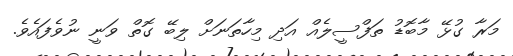
މަރާ ގުޅޭ މާބޮޑު ތަފްސީލެއް އަދި މިހާތަނަށް ލިބޭ ގޮތް ވަނީ ނުވެފައެވެ.